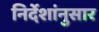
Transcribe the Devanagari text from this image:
निर्देशांनुसार